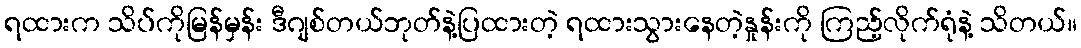
ရထားက သိပ်ကိုမြန်မှန်း ဒီဂျစ်တယ်ဘုတ်နဲ့ပြထားတဲ့ ရထားသွားနေတဲ့နှုန်းကို ကြည့်လိုက်ရုံနဲ့ သိတယ်။